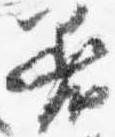
着